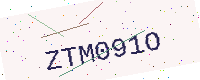
Text: ZTM091O